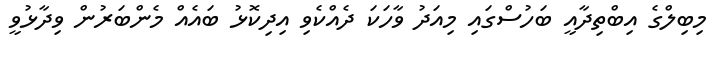
މިބިލްގެ އިބްތިދާއީ ބަހުސްގައި މިއަދު ވާހަކަ ދެއްކެވި އިދިކޮޅު ބައެއް މެންބަރުން ވިދާޅުވީ